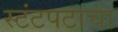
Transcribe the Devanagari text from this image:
स्टंटपटाचा